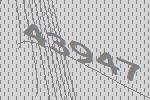
43947